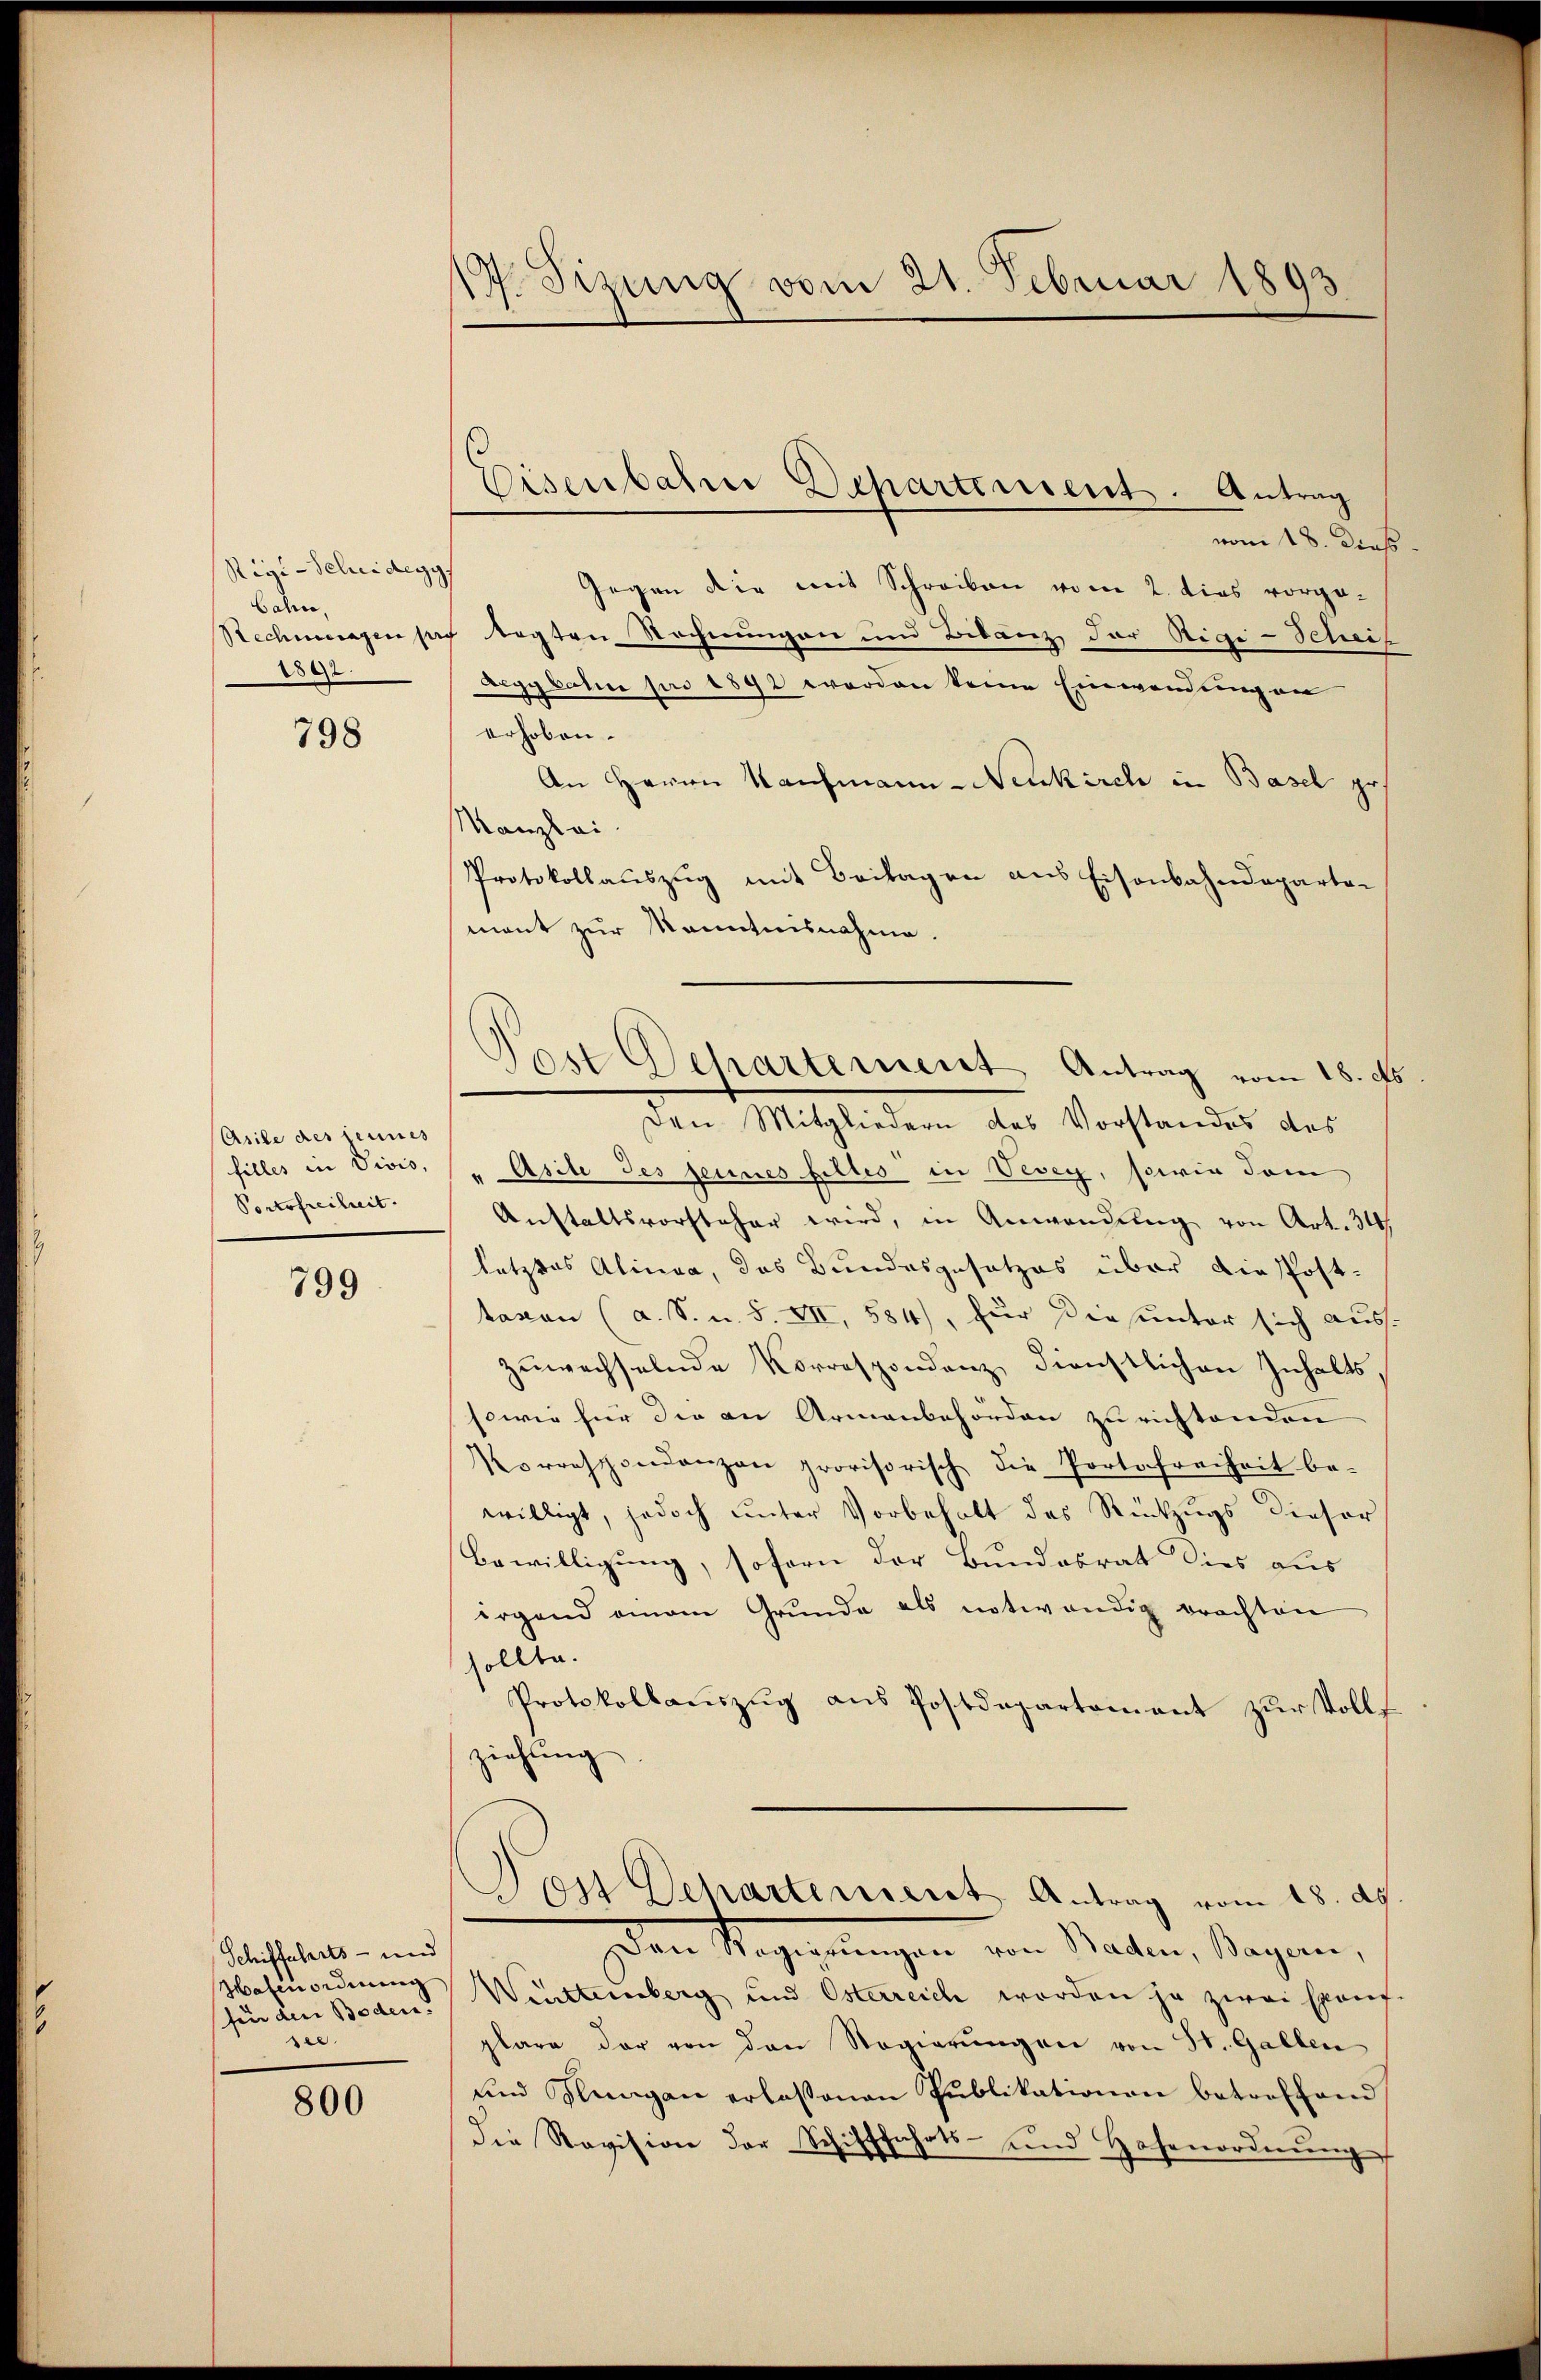
Rigi-Scheideggs
bahn,
Rechnungen pr
1892.

798

Asile des seines
filles in Divis,
Portofreiheit.

799

Schiffahrts- und
Hafenordnung
ser

800

1. Sisung vom 21. Februar 180

Eisenbahn Dechartement. Antrag

Post Departement Antrag vom 18. ds.

vom 18. dieß.
Gegen die mit Schreiben vom 2. dies vorgetagten Rechnungen und Bilanz der Rigi-Schrif
Begykalen pro 1892 worden keine Einwendung en
erhoben.
An Herrn Kaufmann - Neukirch in Basel pr
Kanzlei
Protokollauszug mit Beilagen aus Eisenbahndepartemant zur Kenntnisnahme.
Den Mitgliedern des Vorstandes des
"Asile des seines filles in Vevey, sowie dam
Anstaltsvorsteher wird, in Anwendung von Art. 34
letztes Alinea, das Bundesgesetzes über disposttaxen (a. S. u. S. VII, 584), für Diesunter sich aus.
zŭwechselnde Vorrespondenz dienstlichen Inhalts,
sowie für die an Armenbehörden zu richtenden
Vorrespondenzen provisorisch die Portofreiheit be-
willigt, jedoch unter Vorbehalt des Rückzugs dieser
Bewilligung, sofern der Bundesrat dies aus
irgend einem Grŭnde als notwendig brachten
sollte.
Protokollauszug aus Postdepartement zur Vollf
ziehung
Von Departement Antrag vom 18. ds.
Der Regierungen von Stadten, Sagen,
fünden Bodens Witteinberg und Osterreich worden ja zwei Exauf-
plare der von den Regierŭngen von St. Gallen
und Flungen erlassenen Publikationen betroffenn
die Revision der Schifffahrts- und Hosenordnŭng